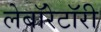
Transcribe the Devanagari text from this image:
लेबाॅरेटाॅरी